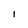
Character: l